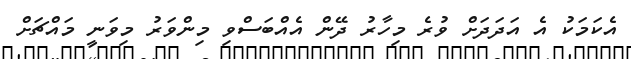
އެކަމަކު އެ އަދަދަށް ވުރެ މިހާރު ދޭން އެއްބަސްވި މިންވަރު މިވަނީ މައްޗަށް